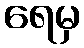
ရေမှ